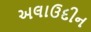
અલાઉદીન